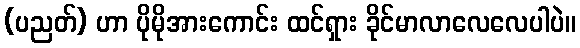
(ပညတ်) ဟာ ပိုမိုအားကောင်း ထင်ရှား ခိုင်မာလာလေလေပါပဲ။